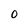
Character: 0